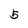
Character: 5